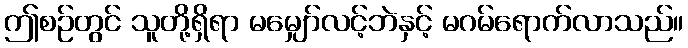
ဤစဉ်တွင် သူတို့ရှိရာ မမျှော်လင့်ဘဲနှင့် မဂမ်ရောက်လာသည်။